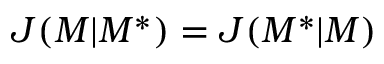
J ( M | M ^ { * } ) = J ( M ^ { * } | M )